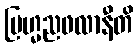
ဗြဟ္မညဖလာနီတိ